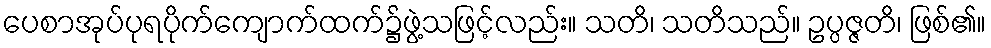
ပေစာအုပ်ပုရပိုက်ကျောက်ထက်၌ဖွဲ့သဖြင့်လည်း။ သတိ၊ သတိသည်။ ဥပ္ပဇ္ဇတိ၊ ဖြစ်၏။